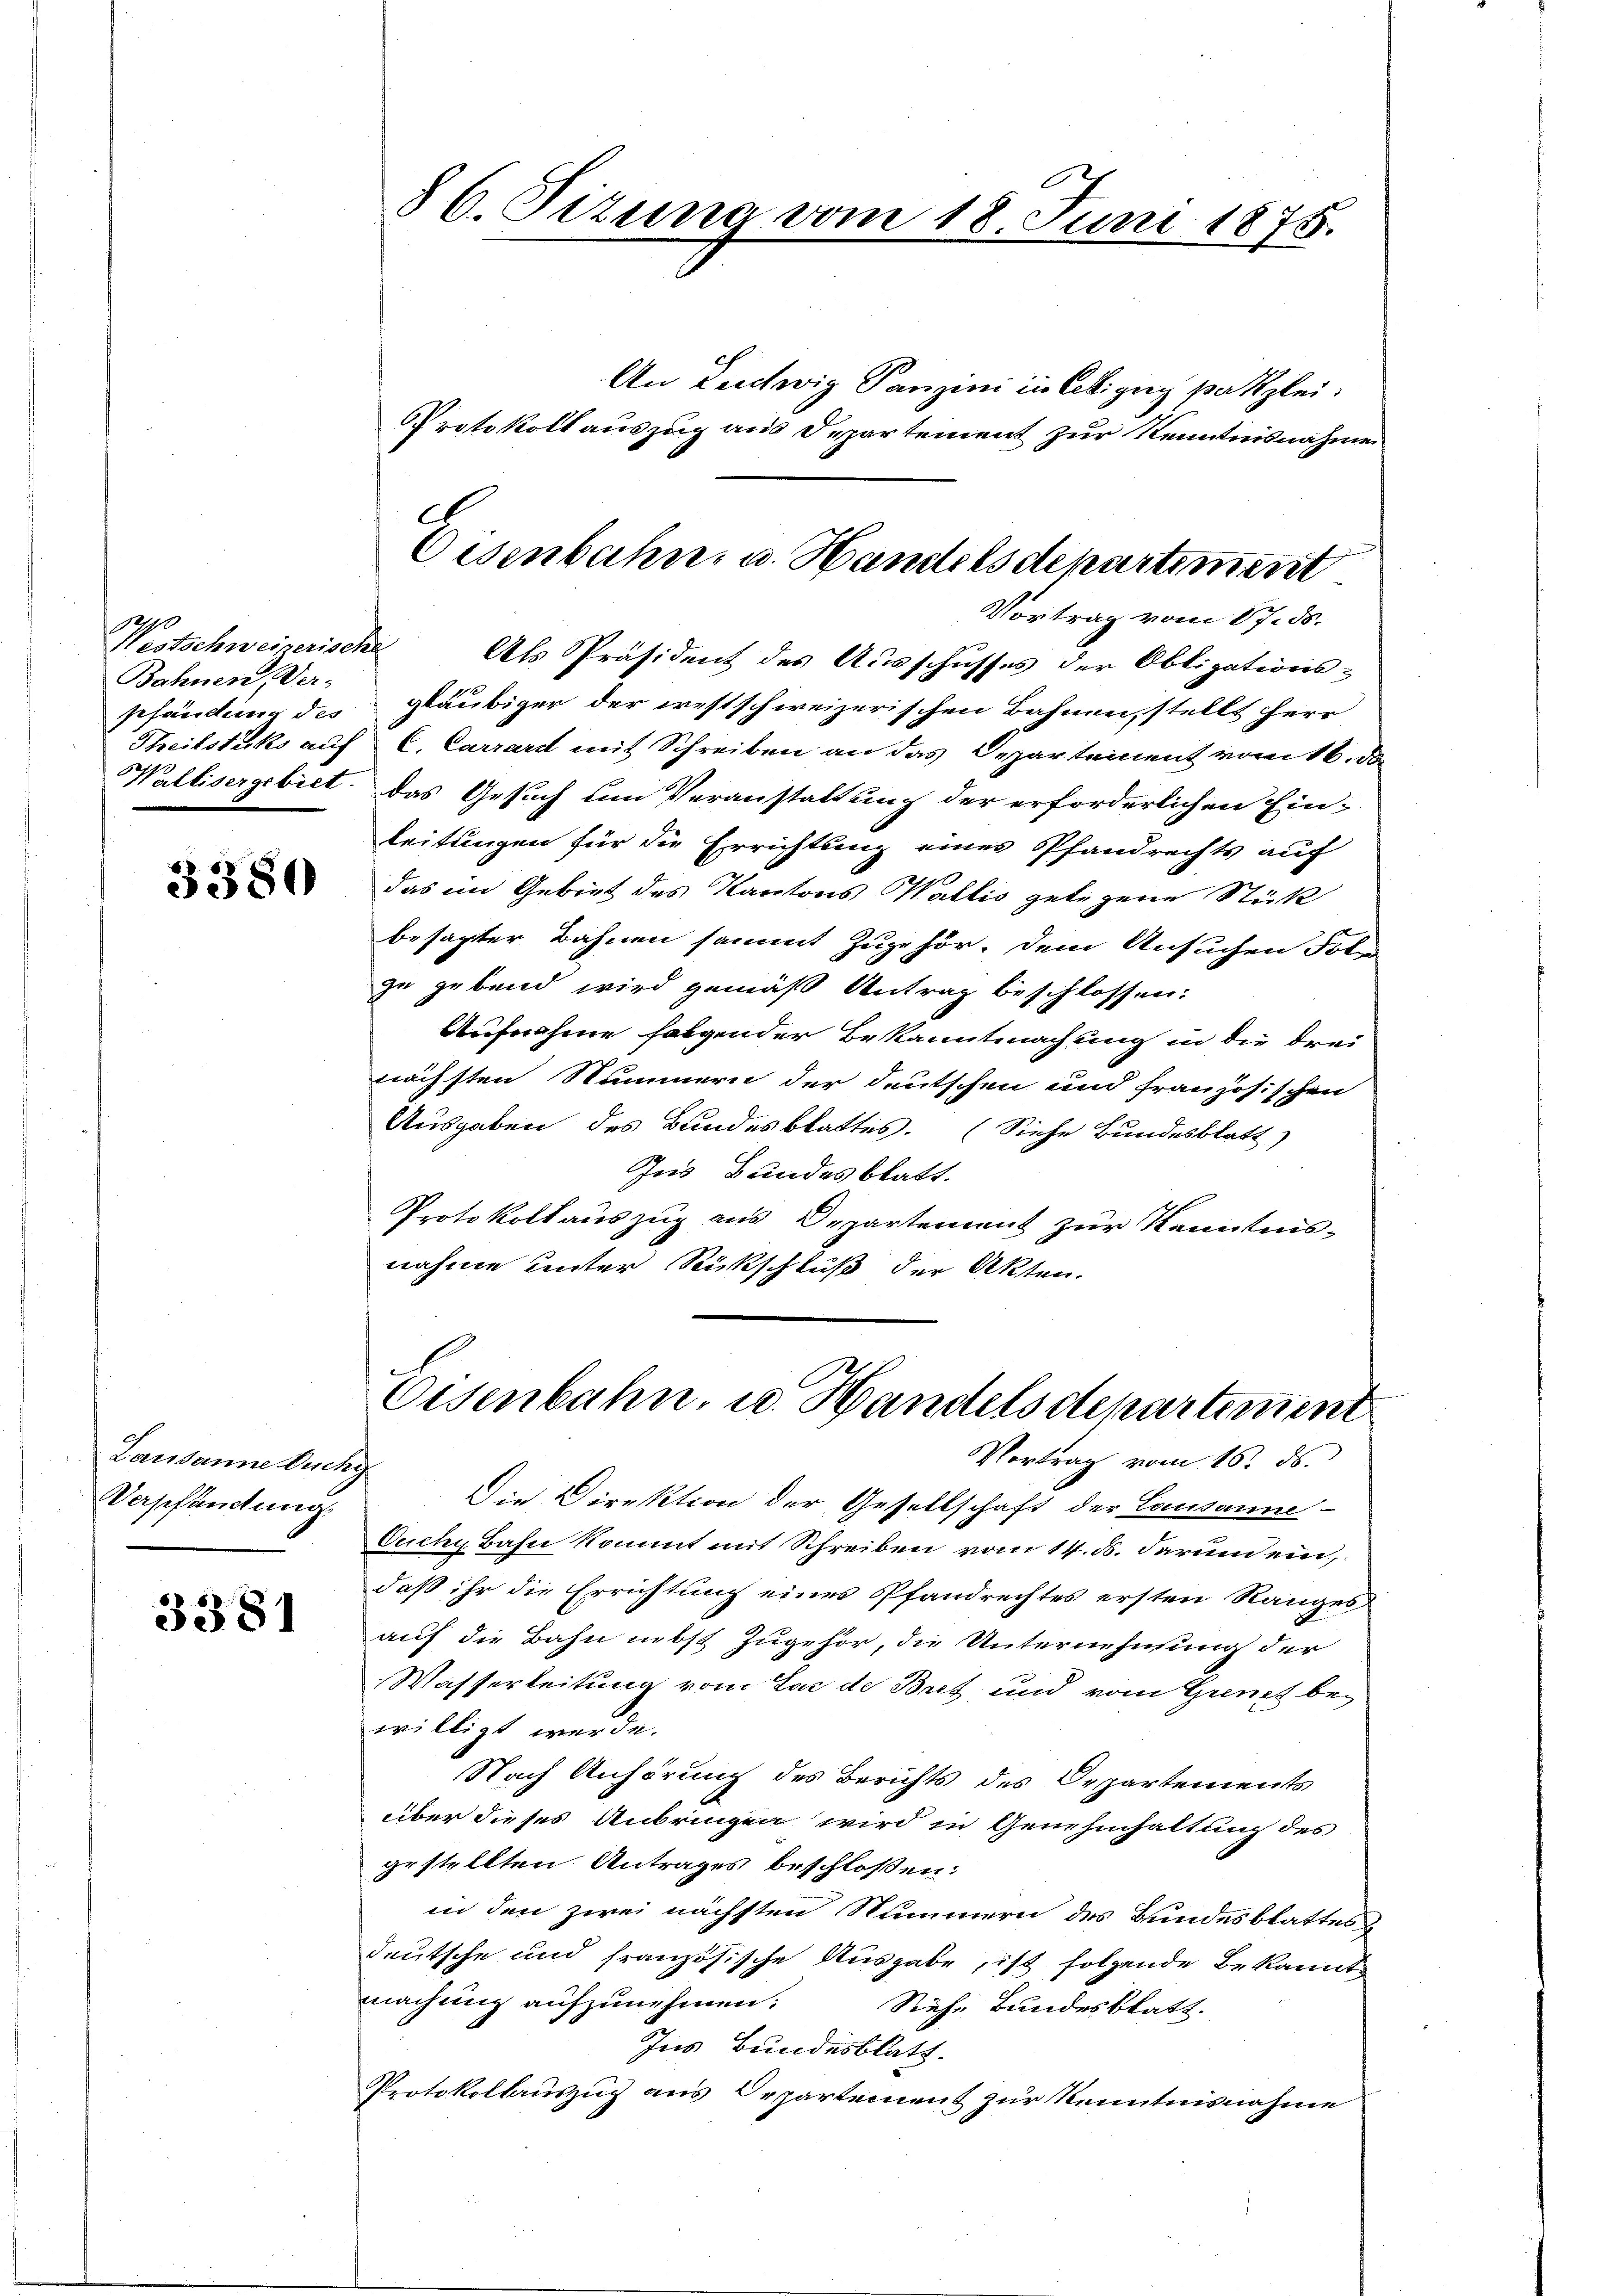
Westschweizerisch
Bahnen Verpfändung des
Theilstücks auf
Wallisergebiet.

3380

Lausanne buchg
Verschandung.

3381

86. Situng vom 18. Juni 1875.

An Leutwig Tanzen in Cilligug patzlei.
Protokoll auszug aus Departement zur Kenntnisnahme
.
Als Präsident des Ausschusses der Obligations-
gläubiger der westschweizerischen Bahnen, stellt Herr
C. Carrard mit Schreiben an das Departement vom 16. de
das Gesuch um Veranstaltung der erforderlichen Einleitungen für die Errichtung eines Pfandrechts auf
das im Gebiet des Kantons Wallis gelegene Stück
besagter Bahnen sammt zugehör, dem Ansuchen Fol
zu gebend wird gemäß Antrag beschlossen:
Aufnahme folgender Bekanntmachung in die drei
nächsten Nummern der deutschen und französischen
Ausgaben des Bundesblattes. (Siehe Bundesblatt)
Ins Bundesblatt.
Protokoll auszug aus Departement zur Kenntnisnahme unter Rückschluß der Akten.

Oisenbahn, u. Handelsdepartement
Vortrag vom 17. ds.

Oisenbahn, u. Handelsdepartement
Vortrag vom 15. ds.

Die Direktion der Gesellschaft der Lausanne-
Cuchy Bahn kommt mit Schreiben vom 14. d. darum ein,
daß ihr die Errichtung eines Pfandrechtes ersten Ranges
auf die Bahn nebst Zugehör, die Unternehmung der
Wasserleitung vom Lac de Bret, und vom Gener bewilligt werde.
Nach Anhörung des Berichts des Departements
über dieses Anbringen wird in Genehmhaltung des
gestellten Antrages beschlossen:
in den zwei nächsten Nummern des Bundesblattes
deutsche und französische Ausgabe, ist folgende Bekannts
machung aufzunehmen. Siehe Bundesblatt.
Ins Bundesblatt.
Protokollauszug aus Departement zur Kenntnisnahme